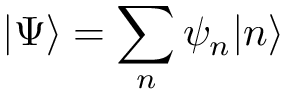
| \Psi \rangle = \sum _ { n } \psi _ { n } | n \rangle